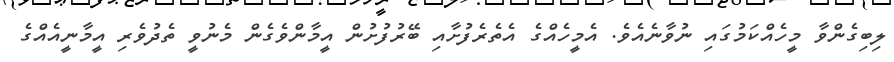
ލިބިގެންވާ މީހެއްކަމުގައި ނުވާނެއެވެ. އެމީހެއްގެ އެތެރެފުށާއި ބޭރުފުށުން އީމާންވެގެން މެނުވީ ތެދުވެރި އީމާނީއެއްގެ